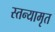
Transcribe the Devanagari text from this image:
स्तन्यामृत